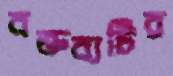
বক্তব্যটির